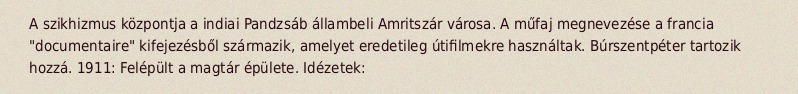
A szikhizmus központja a indiai Pandzsáb állambeli Amritszár városa. A műfaj megnevezése a francia "documentaire" kifejezésből származik, amelyet eredetileg útifilmekre használtak. Búrszentpéter tartozik hozzá. 1911: Felépült a magtár épülete. Idézetek: